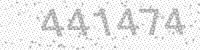
Solution: 441474